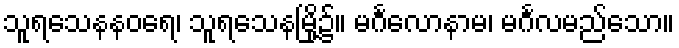
သူရသေနနဝရေ၊ သူရသေနမြို့၌။ မင်္ဂလောနာမ၊ မင်္ဂလမည်သော။